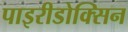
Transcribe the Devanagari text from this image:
पाइरीडोक्सिन